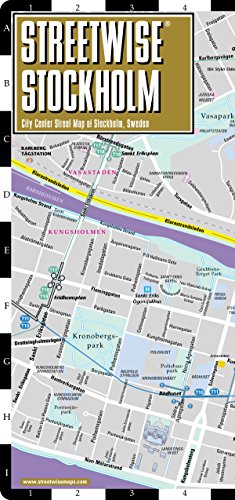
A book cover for Streetwise Stockholm Map - City Center Street Map of Stockholm, Sweden (Streetwise (Streetwise Maps)); Streetwise Maps Inc; Travel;